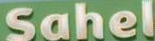
Sahel